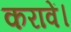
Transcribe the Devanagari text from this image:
करावें।